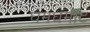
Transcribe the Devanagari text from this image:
घमघमाट